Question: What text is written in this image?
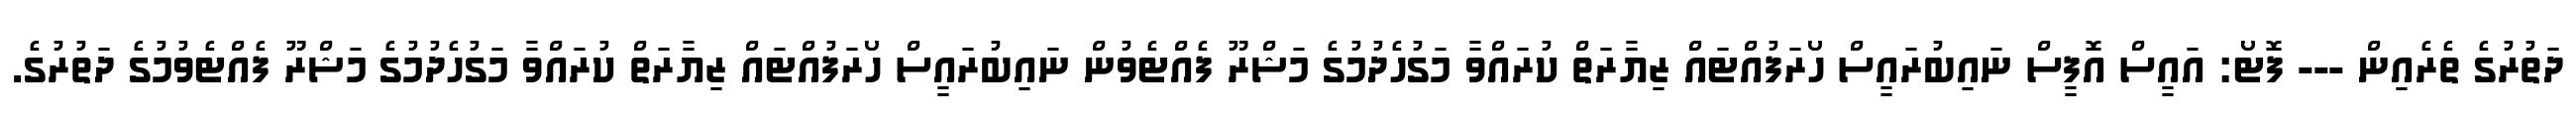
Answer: ދަތުރުގެ ތެރެއިން --- ފޮޓޯ: އައީސް އޮފީސް ނައިބުރައީސް ހޯރަފުއްޓައް ޒިޔާރަތް ކުރައްވާ މަގުހެދުމުގެ މަޝްރޫ ފެއްޓެވުން ނައިބުރައީސް ހޯރަފުއްޓައް ޒިޔާރަތް ކުރައްވާ މަގުހެދުމުގެ މަޝްރޫ ފެއްޓެވުމުގެ ދަތުރުގެ.